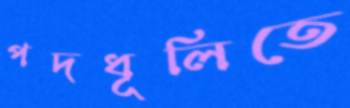
পদধূলিতে